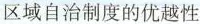
区域自治制度的优越性